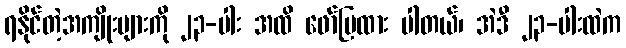
ရနိုင်တဲ့အကျိုးများကို ၂၃-ပါး အထိ ဖော်ပြထား ပါတယ်၊ အဲဒီ ၂၃-ပါးထဲက